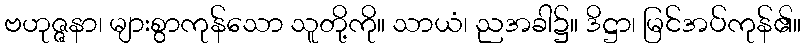
ဗဟုဇ္ဇနာ၊ များစွာကုန်သော သူတို့ကို။ သာယံ၊ ညအခါ၌။ ဒိဋ္ဌာ၊ မြင်အပ်ကုန်၏။